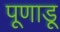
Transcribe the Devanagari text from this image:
पूणाडू